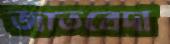
জাতবেদা